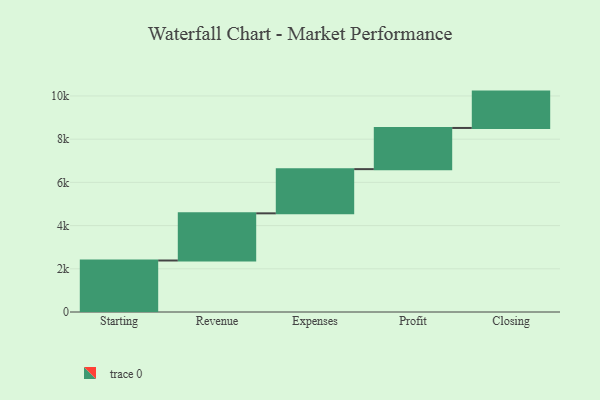
{"axis": {"x": "Step", "y": "Value"}, "legend": [""], "data": [{"x": "Starting", "y": 2384.0, "type": ""}, {"x": "Revenue", "y": 2183.0, "type": ""}, {"x": "Expenses", "y": 2046.0, "type": ""}, {"x": "Profit", "y": 1906.0, "type": ""}, {"x": "Closing", "y": 1683.0, "type": ""}]}